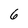
Character: 6